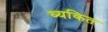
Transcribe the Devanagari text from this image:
व्‍यकित